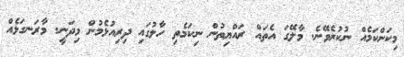
މިކަންކަމެއް ނުކުރެވޭނެ. މާލޭގަ އެތައް ރައްޔިތުން ނިކަމެތި ހާލުގައި ދިރިއުޅެމުން މިދަނީ. މާރަނގަޅެއް